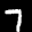
Label: 7